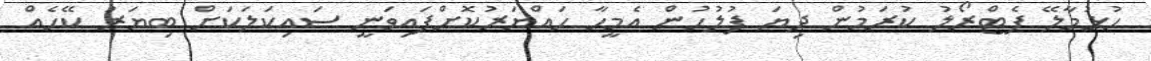
ހުޅުމާލޭ ޕެޓްރޯލު ކުރަމުން ދިޔަ ފުލުހުން އެމީހާ ހައްޔަރުކޮށްފައިވަނީ ސައިކަލަކަށް ބިޔަރު ކޭހެއް